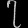
Digit: ၇